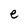
Character: e